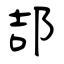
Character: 郆